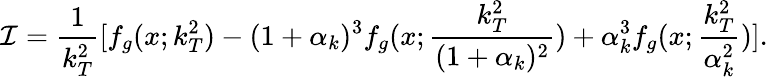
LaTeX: {\cal I}=\frac{1}{k_{T}^{2}}[f_{g}(x;k_{T}^{2})-(1+\alpha_{k})^{3}f_{g}(x;\frac{k_{T}^{2}}{(1+\alpha_{k})^{2}})+\alpha_{k}^{3}f_{g}(x;\frac{k_{T}^{2}}{\alpha_{k}^{2}})].